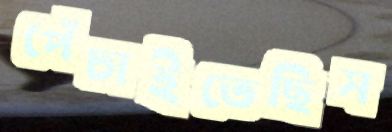
পেঁচাইতেছিস